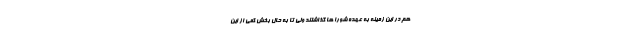
هم در این زمینه به عهده شورا ها گذاشتند ولی تا به حال بخش کمی از این